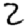
Digit: 2